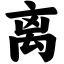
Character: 离